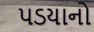
પડયાનો